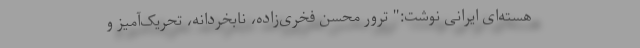
هسته‌ای ایرانی نوشت:" ترور محسن فخری‌زاده، نابخردانه، تحریک‌آمیز و